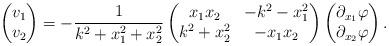
LaTeX: \begin{align*}\begin{pmatrix}v_1 \\v_2\end{pmatrix}=-\frac{1}{k^2+x_1^2+x_2^2}\begin{pmatrix}x_1x_2 & -k^2-x_1^2 \\k^2+x_2^2 & -x_1x_2\end{pmatrix}\begin{pmatrix}\partial_{x_1}\varphi \\\partial_{x_2}\varphi\end{pmatrix}.\end{align*}